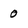
Character: 0